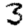
Digit: 3